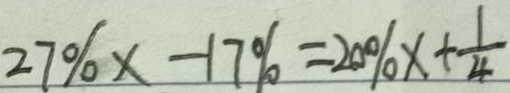
2 7 \% x - 1 7 \% = 2 0 \% x + \frac { 1 } { 4 }